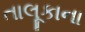
તાલૂકાના